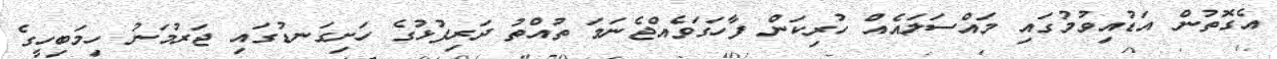
އެގޮތުން އަޑުއިވުމުގައި މައްސަލައެއް ހުރިކަން ފާހަގަވެއްޖެނަމަ ތުއްތު ދަރިފުޅުގެ ހަށިގަނޑުގައި ޖަރުމަނު ހިމަބިހީގެ